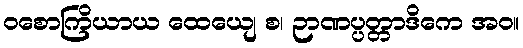
ဝစောကြိယာယ ထေယျေ စ၊ ဉာဏပ္ပတ္တာဒိကေ အဝ။